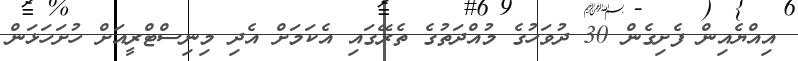
އިއްޔެއިން ފެށިގެން 30 ދުވަހުގެ މުއްދަތުގެ ތެރޭގައި އެކަމަށް އެދި މިނިސްޓްރީއަށް ހުށަހަޅަން